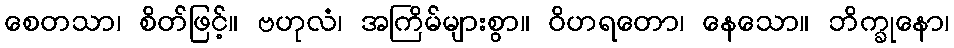
စေတသာ၊ စိတ်ဖြင့်။ ဗဟုလံ၊ အကြိမ်များစွာ။ ဝိဟရတော၊ နေသော။ ဘိက္ခုနော၊